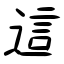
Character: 這